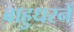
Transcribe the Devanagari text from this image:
बाहुधरनें